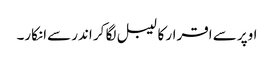
اوپر سے اقرار کا لیبل لگا کر اندر سےانکار۔